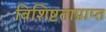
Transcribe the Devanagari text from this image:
विशिष्टताप्राप्त